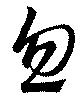
忽